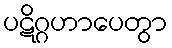
ပဋိဂ္ဂဟာပေတွာ